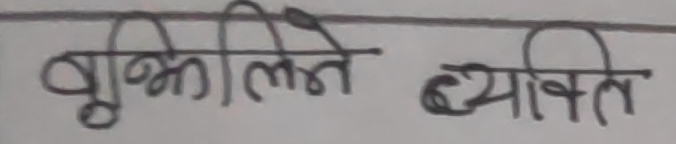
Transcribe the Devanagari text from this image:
बुद्धिलिने ब्यक्ति